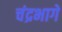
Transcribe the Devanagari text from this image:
चंद्रभागे